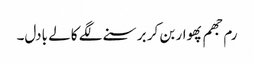
رم جھم پھوار بن کر برسنے لگے کالے بادل۔